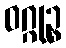
ဝဂ္ဂုဉ္စ